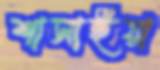
শাসাইয়া